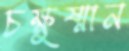
চক্ষুষ্মান